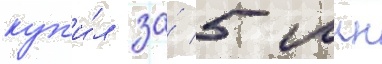
куп'и́л за́ 5 млн